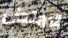
الامتحان